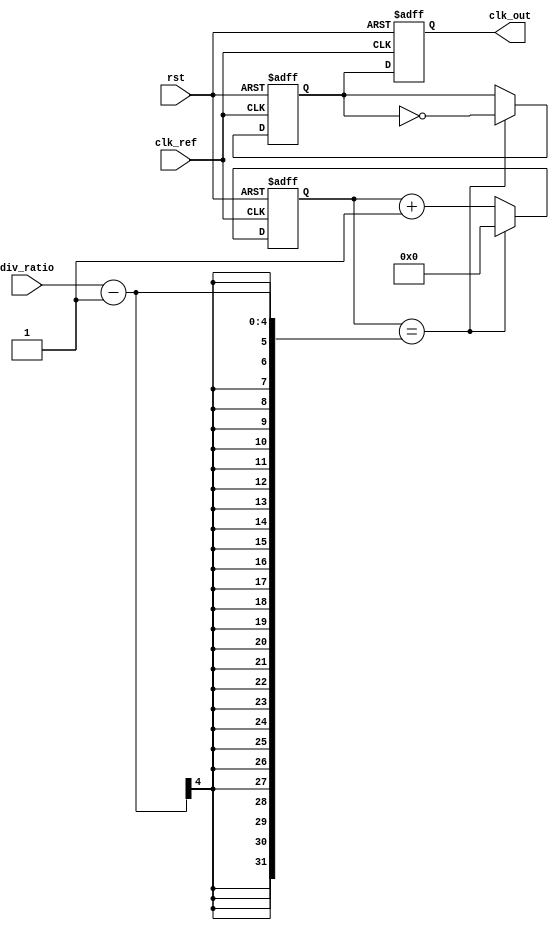
module type2_pll (
    input wire clk_ref,           // Reference clock input
    input wire rst,               // Reset signal
    input wire [N-1:0] div_ratio, // Division ratio for N-divider
    output reg clk_out            // Output clock signal
);

parameter N = 4; // Example division ratio (can be parameterized)
parameter Kp = 1; // Phase detector gain
parameter Ki = 1; // Loop filter gain

// Internal signals
reg [31:0] phase_error;          // Phase error signal
reg [31:0] control_voltage;      // Control voltage for VCO
reg [31:0] vco_output;           // VCO output frequency
reg [31:0] loop_filter_output;   // Output of the loop filter
reg [31:0] vco_frequency;        // Current VCO frequency
reg clk_div;                    // Divided clock signal
reg [N-1:0] div_counter;         // Divider counter

// Phase Detector
always @(posedge clk_ref or posedge rst) begin
    if (rst) begin
        phase_error <= 0;
    end else begin
        // Simple phase detector implementation (can be improved)
        phase_error <= (clk_ref ? Kp : 0) - (clk_div ? Kp : 0);
    end
end

// Loop Filter (2nd order)
always @(posedge clk_ref or posedge rst) begin
    if (rst) begin
        control_voltage <= 0;
        loop_filter_output <= 0;
    end else begin
        // Simple PI controller for loop filter
        loop_filter_output <= loop_filter_output + phase_error;
        control_voltage <= control_voltage + (Kp * phase_error) + (Ki * loop_filter_output);
    end
end

// Voltage-Controlled Oscillator (VCO)
always @(posedge clk_ref or posedge rst) begin
    if (rst) begin
        vco_frequency <= 0;
    end else begin
        // VCO frequency is a function of control voltage
        vco_frequency <= control_voltage; // Simplified VCO model
    end
end

// N-divider
always @(posedge clk_ref or posedge rst) begin
    if (rst) begin
        div_counter <= 0;
        clk_div <= 0;
    end else begin
        if (div_counter == div_ratio - 1) begin
            clk_div <= ~clk_div; // Toggle divided clock
            div_counter <= 0;    // Reset counter
        end else begin
            div_counter <= div_counter + 1; // Increment divider counter
        end
    end
end

// Output clock generation
always @(posedge clk_ref or posedge rst) begin
    if (rst) begin
        clk_out <= 0;
    end else begin
        clk_out <= clk_div; // Output is the divided clock
    end
end

endmodule